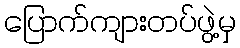
ပြောက်ကျားတပ်ဖွဲ့မှ